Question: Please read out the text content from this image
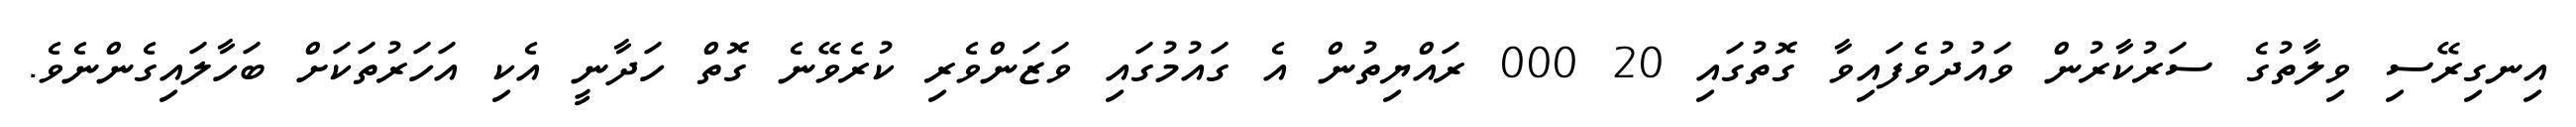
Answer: އިނގިރޭސި ވިލާތުގެ ސަރުކާރުން ވައުދުވެފައިވާ ގޮތުގައި 20 000 ރައްޔިތުން އެ ގައުމުގައި ވަޒަންވެރި ކުރެވޭނެ ގޮތް ހަދާނީ އެކި އަހަރުތަކަށް ބަހާލައިގެންނެވެ.